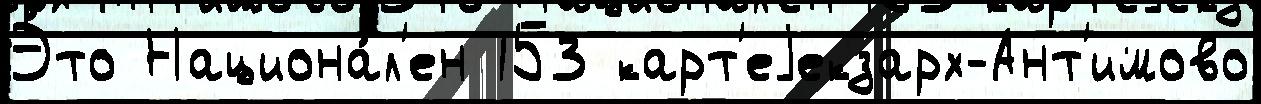
Э́то Национа́л'ен 153 карт'еjекзарх-Ант'имово